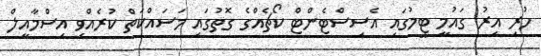
ހުރި އިރު ގައުމީ ޓީމުގައި އެސިސްޓެންޓް ކޯޗެއްގެ ގޮތުގައި މަސައްކަތް ކުރެއްވި އިސްމާއީލް